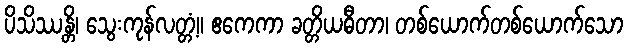
ပိသိဿန္တိ၊ သွေးကုန်လတ္တံ့။ ဧကေကာ ခတ္တိယဓီတာ၊ တစ်ယောက်တစ်ယောက်သော